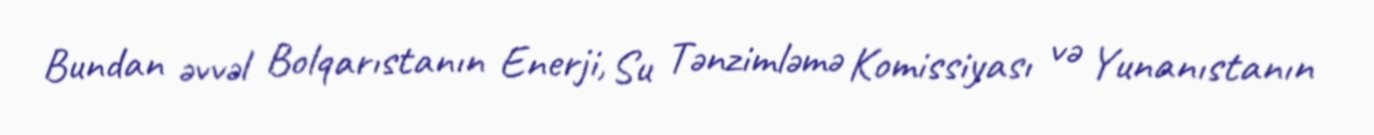
Bundan əvvəl Bolqarıstanın Enerji, Su Tənzimləmə Komissiyası və Yunanıstanın